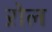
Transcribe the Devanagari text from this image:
ऱोल